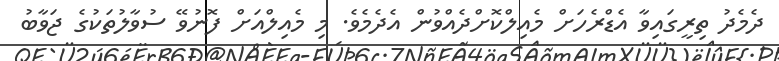
ދެމެދު ތިރީގައިވާ އެޑްރެހަށް މެއިލްކޮށްދެއްވުން އެދެމެވެ. މި މެއިލްއަށް ފޮނުވޭ ސުވާލުތަކުގެ ޖަވާބު